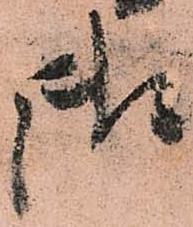
御